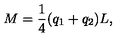
M = { \frac { 1 } { 4 } } ( q _ { 1 } + q _ { 2 } ) L ,